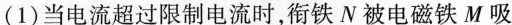
(1)当电流超过限制电流时，衔铁N被电磁铁M吸